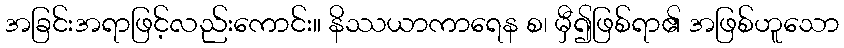
အခြင်းအရာဖြင့်လည်းကောင်း။ နိဿယာကာရေန စ၊ မှီ၍ဖြစ်ရာ၏ အဖြစ်ဟူသော